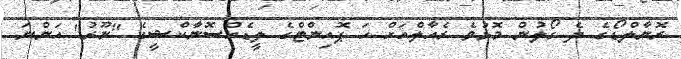
ރޮނާލްޑޯގެ ދެ ގޯލުން މޮޅުވެ ރެއާލްއަށް ހަ ޕޮއިންޓްގެ ލީޑެއްސޮނާކްޝީގެ "ނޫރު" އަންނަ